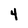
Character: 4